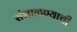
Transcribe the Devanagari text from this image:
संभाळण्याची